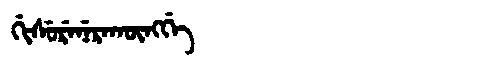
Manchu: ᡤᡳᠰᡠᡵᡝᠨᡝᡵᠠᡴᡡᠩᡤᡝ
Romanization: GISURENERAKŪNGGE